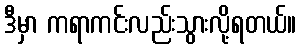
ဒီမှာ ကရာကင်းလည်းသွားလို့ရတယ်။